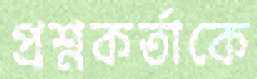
প্রশ্নকর্তাকে